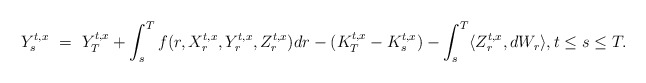
\begin{align*}Y_s^{t,x} \ = \ Y_T^{t,x} + \int_s^T f(r,X_r^{t,x},Y_r^{t,x},Z_r^{t,x}) dr - (K_T^{t,x} - K_s^{t,x}) - \int_s^T \langle Z_r^{t,x},dW_r\rangle, t \leq s \leq T.\end{align*}